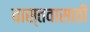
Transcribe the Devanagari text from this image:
वास्तवासाठी